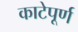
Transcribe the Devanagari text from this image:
काटेपूर्ण